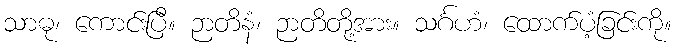
သာဓု၊ ကောင်းပြီ။ ဉာတိနံ၊ ဉာတိတို့အား။ သင်္ဂဟံ၊ ထောက်ပံ့ခြင်းကို။